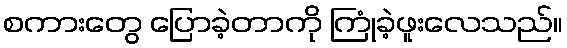
စကားတွေ ပြောခဲ့တာကို ကြုံခဲ့ဖူးလေသည်။